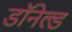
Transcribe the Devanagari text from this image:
डॉनेल्ड